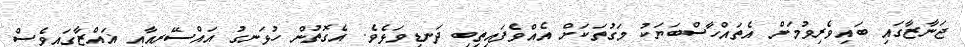
ޖަނާޒާގައި ބައިވެރިވުމަށް އެތައްހާސްބަޔަކު މަގުތަކަށް އެއްވެފައިތިބި ދަނޑިވަޅެވެ. އެގޮތުން ހުޅަނގު އައްސޭރީއާއި ޣައްޒާގައިވެސް